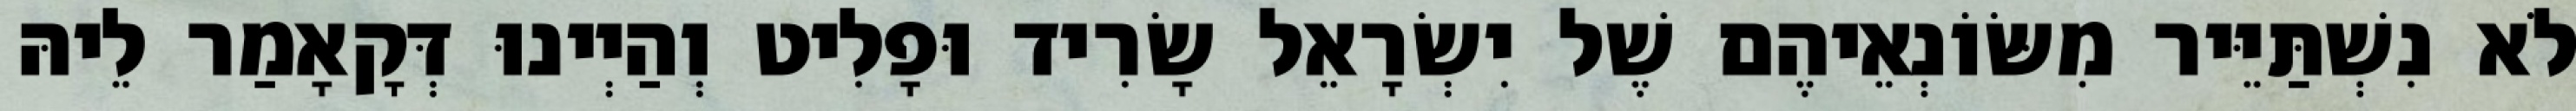
לֹא נִשְׁתַּיֵּיר מִשּׂוֹנְאֵיהֶם שֶׁל יִשְׂרָאֵל שָׂרִיד וּפָלִיט וְהַיְינוּ דְּקָאָמַר לֵיהּ